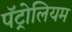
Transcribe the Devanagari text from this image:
पॅट्रोलियम